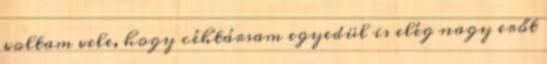
voltam vele, hogy céhtársam egyedül is elég nagy erőt